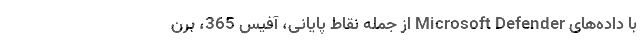
با داده‌های Microsoft Defender از جمله نقاط پایانی، آفیس 365، برن